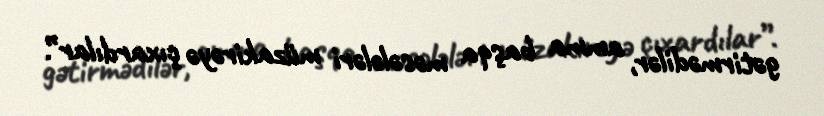
gətirmədilər, amma başqa məsələləri müzakirəyə çıxardılar”.